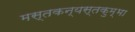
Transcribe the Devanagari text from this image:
मस्तकन्यस्तकुम्भा